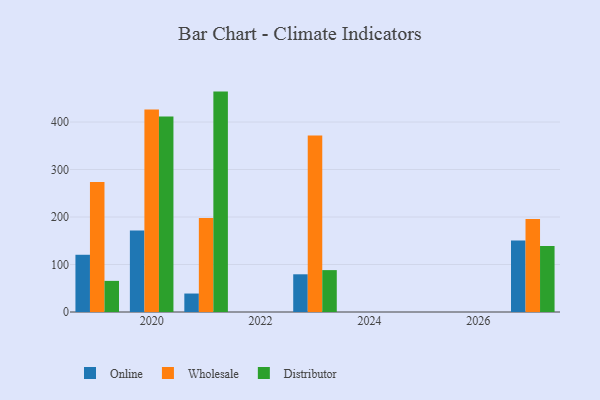
{"axis": {"x": "Year", "y": "Churn Rate (%)"}, "legend": ["Distributor", "Online", "Wholesale"], "data": [{"x": "2021", "y": 38.9, "type": "Online"}, {"x": "2021", "y": 198.0, "type": "Wholesale"}, {"x": "2021", "y": 464.1, "type": "Distributor"}, {"x": "2027", "y": 150.8, "type": "Online"}, {"x": "2027", "y": 195.8, "type": "Wholesale"}, {"x": "2027", "y": 139.2, "type": "Distributor"}, {"x": "2023", "y": 79.4, "type": "Online"}, {"x": "2023", "y": 371.6, "type": "Wholesale"}, {"x": "2023", "y": 88.2, "type": "Distributor"}, {"x": "2020", "y": 171.7, "type": "Online"}, {"x": "2020", "y": 426.2, "type": "Wholesale"}, {"x": "2020", "y": 411.5, "type": "Distributor"}, {"x": "2019", "y": 120.5, "type": "Online"}, {"x": "2019", "y": 273.6, "type": "Wholesale"}, {"x": "2019", "y": 65.5, "type": "Distributor"}]}